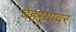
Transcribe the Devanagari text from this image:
चेहऱ्र्‍यावर